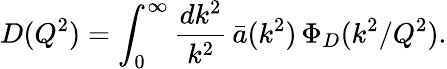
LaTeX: D(Q^{2})=\int_{0}^{\infty}{\frac{dk^{2}}{k^{2}}}\, \bar{a}(k^{2})\, \Phi_{D}(k^{2}/Q^{2}).